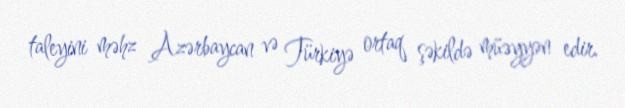
taleyini məhz Azərbaycan və Türkiyə ortaq şəkildə müəyyən edir.